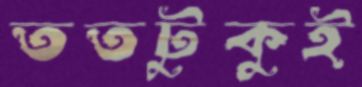
ততটুকুই